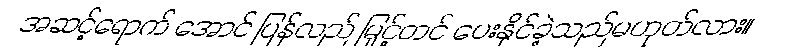
အဆင့်ရောက် အောင် ပြန်လည် မြှင့်တင် ပေးနိုင်ခဲ့သည်မဟုတ်လား။